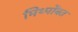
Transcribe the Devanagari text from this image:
मिथ्पोंबत